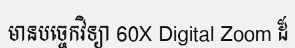
មានបច្ចេកវិទ្យា 60X Digital Zoom ដ៏